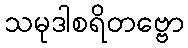
သမုဒါစရိတဗ္ဗော